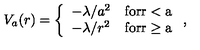
V _ { a } ( r ) = \left\{ \begin{array} { l l } { - \lambda / a ^ { 2 } } & { \mathrm { f o r r < a } } \\ { - \lambda / r ^ { 2 } } & { \mathrm { f o r r \geq a } } \\ \end{array} \right. ,